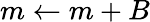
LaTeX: m\gets m+B